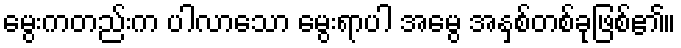
မွေးကတည်းက ပါလာသော မွေးရာပါ အမွေ အနှစ်တစ်ခုဖြစ်၏။